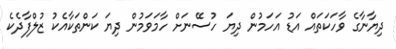
ދިޔާނާގެ ވާހަކަތައް އަޑު އަހަމުން ދިޔަ ހުސޭނަށް ހާމަވަމުން ދިޔަ ކަންތަކާއެކު ޒުލްފާދެކެ